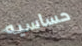
حساسيه